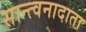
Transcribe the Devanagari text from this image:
सान्त्वनादाता